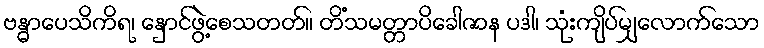
ဗန္ဓာပေသိကိရ၊ နှောင်ဖွဲ့စေသတတ်။ တိံသမတ္တာပိခေါဇာန ပဒါ၊ သုံးကျိပ်မျှလောက်သော